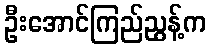
ဦးအောင်ကြည်ညွန့်က